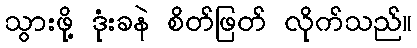
သွားဖို့ ဒုံးခနဲ စိတ်ဖြတ် လိုက်သည်။